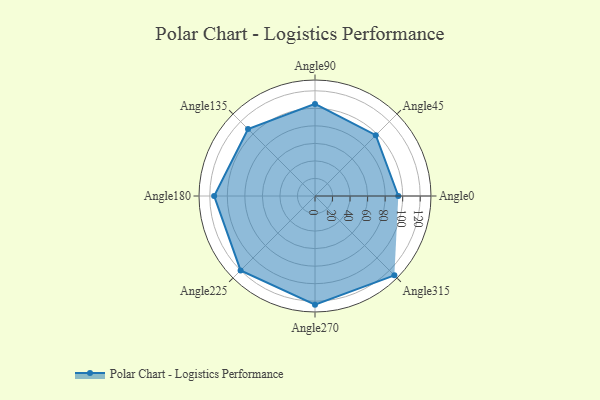
{"axis": {"x": "Angle", "y": "Radius"}, "legend": [""], "data": [{"x": "Angle0", "y": 95.0, "type": ""}, {"x": "Angle45", "y": 98.0, "type": ""}, {"x": "Angle90", "y": 105.0, "type": ""}, {"x": "Angle135", "y": 108.0, "type": ""}, {"x": "Angle180", "y": 115.0, "type": ""}, {"x": "Angle225", "y": 120.0, "type": ""}, {"x": "Angle270", "y": 124.0, "type": ""}, {"x": "Angle315", "y": 128.0, "type": ""}]}